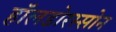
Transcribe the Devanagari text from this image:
हॉलडोरस्सोन